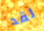
لقد